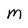
Character: M